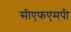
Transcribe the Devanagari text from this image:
सीएफएमपी